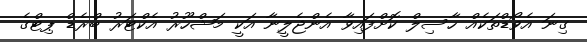
ގިނަ އެވޯޑްތަކެއް ހާސިލް ކޮށްފައިވާ އެންޖެލީނާ އަކީ މަޝްހޫރު އެކްޓަރު ބްރެޑް ޕިޓްގެ